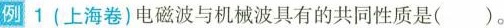
例 1 (上海卷)电磁波与机械波具有的共同性质是( )。